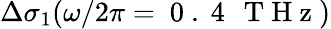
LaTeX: \Delta\sigma_{1}(\omega/2\pi=\mathrm{~0~.~4~\, ~T~H~z~})